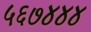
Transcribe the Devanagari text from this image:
५६७४४४